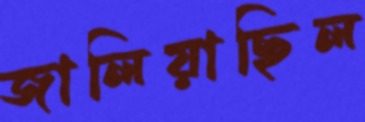
জালিয়াছিল